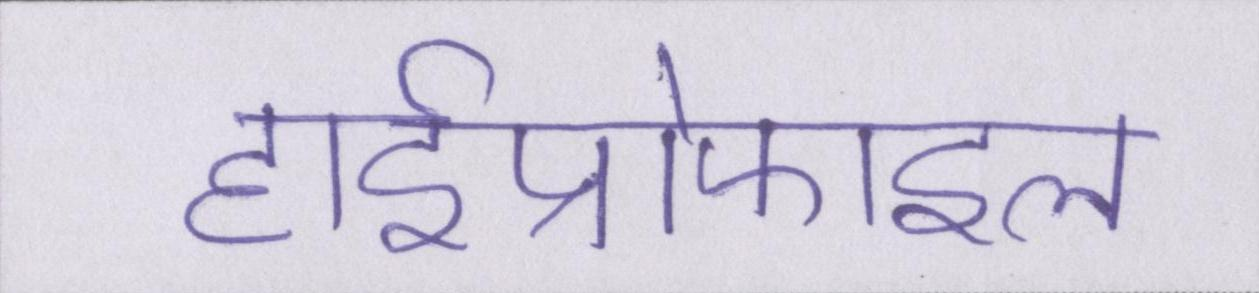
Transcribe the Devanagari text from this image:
हाईप्रोफाइल